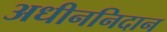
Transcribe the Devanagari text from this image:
अधीननिदान